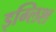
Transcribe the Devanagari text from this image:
इग्लिश